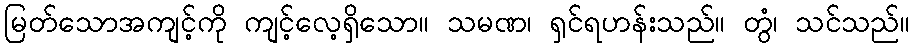
မြတ်သောအကျင့်ကို ကျင့်လေ့ရှိသော။ သမဏ၊ ရှင်ရဟန်းသည်။ တွံ၊ သင်သည်။